Document type: Enfranchisement
Year: 1297
Scribe: Jaume de Trilla
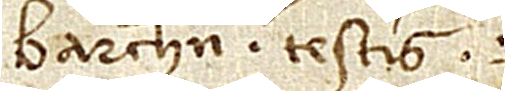
Barchinone, testis.